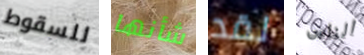
للسقوط شأنها لقد الناس